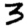
Digit: 3